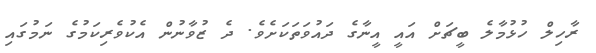
ރާހިލް ހުޅުމާލެ ބީޗަށް އައީ އީނާގެ ދައުވަތަކަށެވެ. ދެ ޒުވާނުން އެކުވެރިކަމުގެ ނަމުގައި